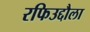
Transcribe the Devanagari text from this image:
रफिउद्दौला